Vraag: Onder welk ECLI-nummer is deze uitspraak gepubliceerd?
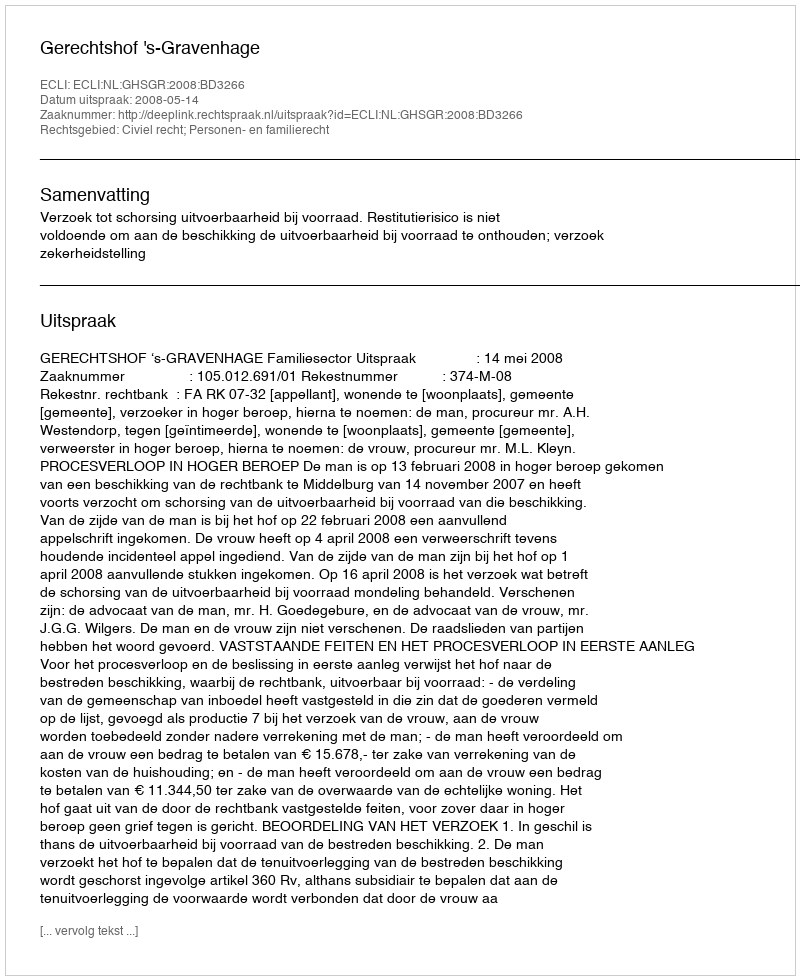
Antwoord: ECLI:NL:GHSGR:2008:BD3266